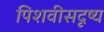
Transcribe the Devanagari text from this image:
पिशवीसदृष्य